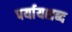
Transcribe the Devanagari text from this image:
पर्यायशब्द